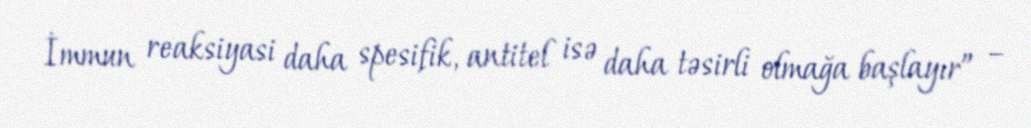
İmmun reaksiyasi daha spesifik, antitel isə daha təsirli olmağa başlayır” –